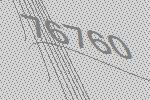
76760